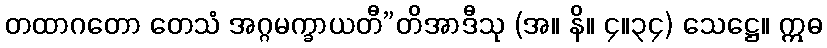
တထာဂတော တေသံ အဂ္ဂမက္ခာယတီ”တိအာဒီသု (အ။ နိ။ ၄။၃၄) သေဋ္ဌေ။ ဣဓ